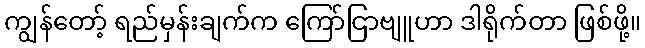
ကျွန်တော့် ရည်မှန်းချက်က ကြော်ငြာဗျူဟာ ဒါရိုက်တာ ဖြစ်ဖို့။